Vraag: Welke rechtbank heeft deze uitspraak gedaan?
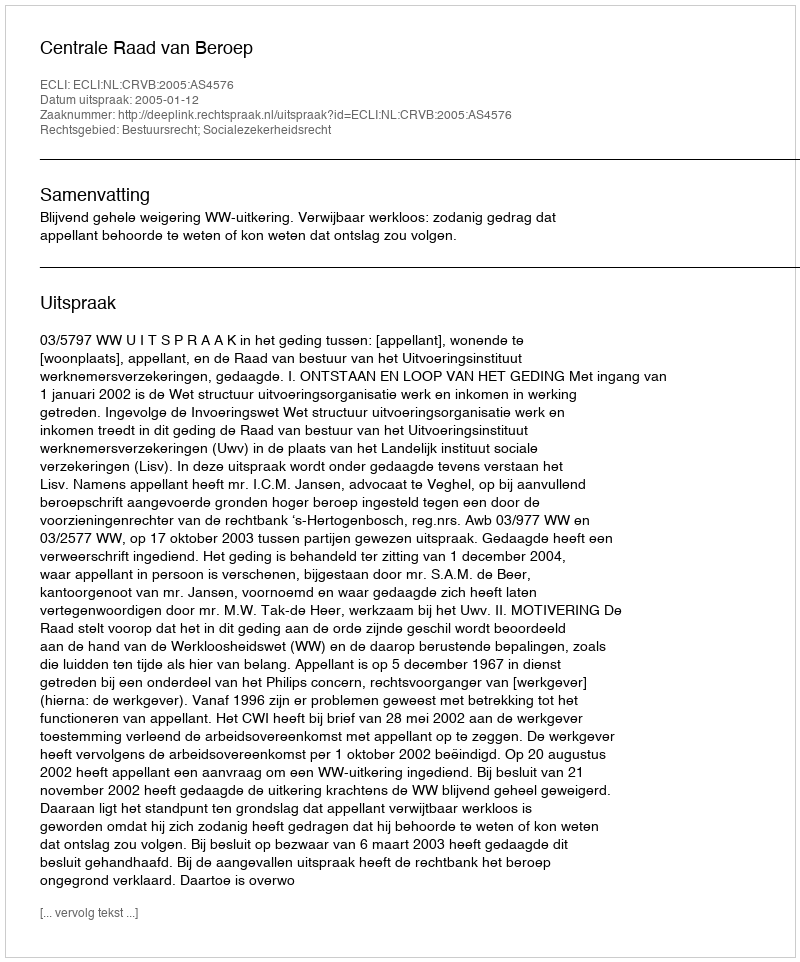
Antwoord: Centrale Raad van Beroep